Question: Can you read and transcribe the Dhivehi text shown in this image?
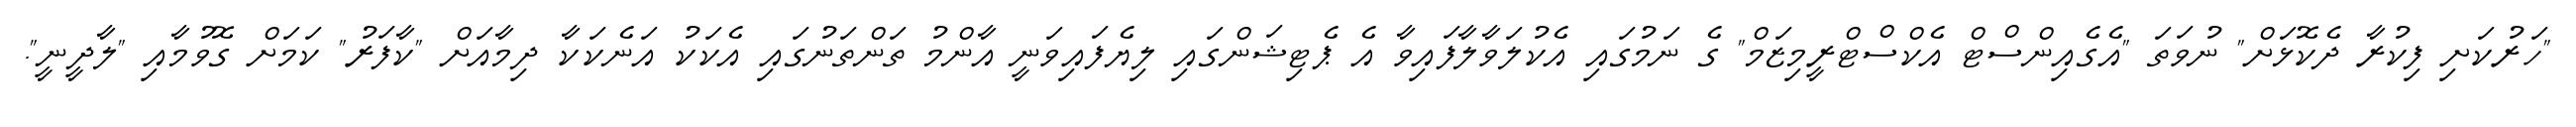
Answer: "ހަރުކަށި ފިކުރާ ދެކޮޅަށް" ނުވަތަ "އެގެއިންސްޓް އެކްސްޓްރީމިޒަމް" ގެ ނަމުގައި އެކުލަވާލާފައިވާ އެ ޕެޓިޝަންގައި ލިޔެފައިވަނީ އާންމު ތަންތަނުގައި އެކަކު އަނެކަކާ ދިމާއަށް "ކާފަރު" ކަމަށް ގޮވުމާއި "ލާދީނީ".